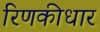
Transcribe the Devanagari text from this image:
रिणकीधार